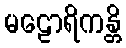
မဠောရိကန္တိ